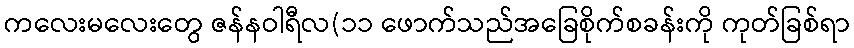
ကလေးမလေးတွေ ဇန်နဝါရီလ(၁၁ ဖောက်သည်အခြေစိုက်စခန်းကို ကုတ်ခြစ်ရာ